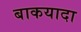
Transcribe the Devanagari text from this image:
बाकयादा